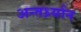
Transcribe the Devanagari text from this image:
अन्तर्ध्र्यान